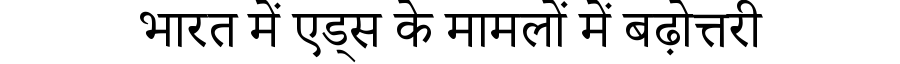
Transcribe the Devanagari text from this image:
भारत में एड्स के मामलों में बढ़ोत्तरी